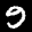
Label: 9